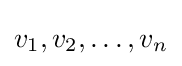
v_{1},v_{2},\ldots ,v_{n}